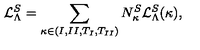
{ \cal L } _ { \Lambda } ^ { S } = \sum _ { \kappa \in { ( I , I I , T _ { I } , T _ { I I } ) } } N _ { \kappa } ^ { S } { \cal L } _ { \Lambda } ^ { S } ( \kappa ) ,